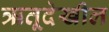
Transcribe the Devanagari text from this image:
ऋतूदेखील